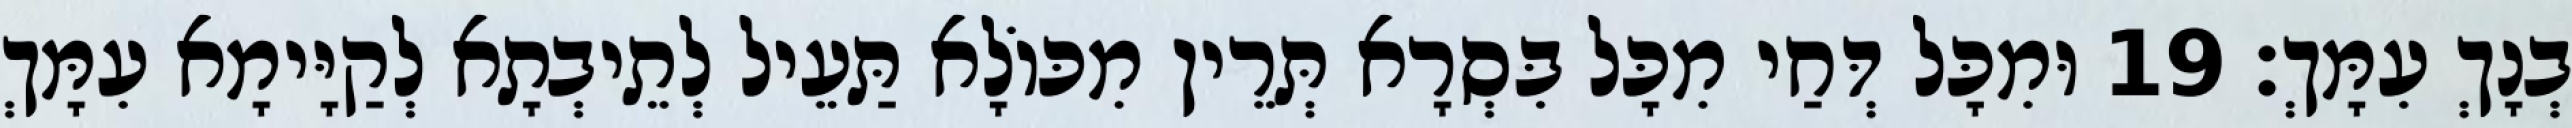
בְנָךְ עִמָּךְ׃ 19 וּמִכָּל דְּחַי מִכָּל בִּסְרָא תְּרֵין מִכּוֹלָא תַּעֵיל לְתֵיבְתָא לְקַיָּימָא עִמָּךְ